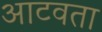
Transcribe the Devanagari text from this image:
आटवता